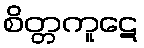
စိတ္တကူဋေ